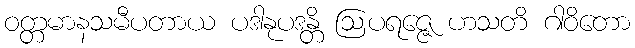
ဝတ္တမာနသမီပတာယ ပဒါနုပဒန္တိ ဩပရဇ္ဇေ ဟသတိ ဂါဝိတော